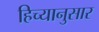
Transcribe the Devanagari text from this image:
हिच्यानुसार